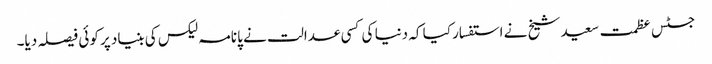
جسٹس عظمت سعید شیخ نے استفسار کیا کہ دنیا کی کسی عدالت نے پانامہ لیکس کی بنیاد پر کوئی فیصلہ دیا۔